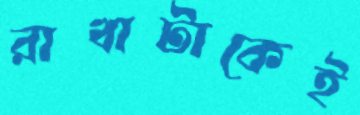
রাখাটাকেই